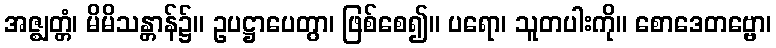
အဇ္ဈတ္တံ၊ မိမိသန္တာန်၌။ ဥပဋ္ဌာပေတွာ၊ ဖြစ်စေ၍။ ပရော၊ သူတပါးကို။ စောဒေတဗ္ဗော၊